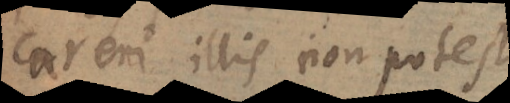
careri illis non potest.